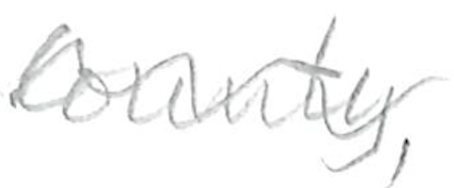
Text: County,
Cross-out: wave
Writing tool: pencil